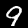
Label: 9